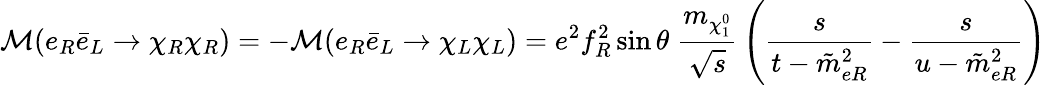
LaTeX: {\cal M}(e_{R}\bar{e}_{L}\to\chi_{R}\chi_{R})=-{\cal M}(e_{R}\bar{e}_{L}\to\chi_{L}\chi_{L})=e^{2}f_{R}^{2}\sin\theta\; {\frac{m_{\chi_{1}^{0}}}{\sqrt s}}\left({\frac{s}{t-\tilde{m}_{eR}^{2}}}-{\frac{s}{u-\tilde{m}_{eR}^{2}}}\right)